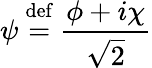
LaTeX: \psi\ {\stackrel{\mathrm{def}}{=}}\ {\frac{\phi+i\chi}{\sqrt{2}}}